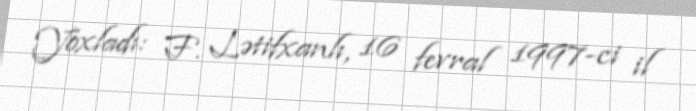
Yoxladı: F. Lətifxanlı, 16 fevral 1997-ci il